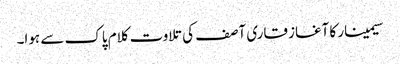
سیمینار کا آغاز قاری آصف کی تلاوت کلام پاک سے ہوا۔